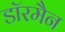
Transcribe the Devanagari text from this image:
डॉरमैन